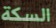
السكة